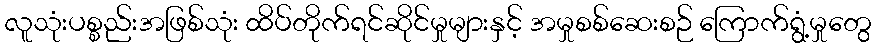
လူသုံးပစ္စည်းအဖြစ်သုံး ထိပ်တိုက်ရင်ဆိုင်မှုများနှင့် အမှုစစ်ဆေးစဉ် ကြောက်ရွံ့မှုတွေ